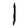
Digit: 1